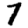
Digit: 7